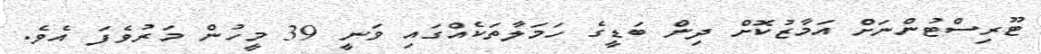
ޓޫރިސްޓުންނަށް އަމާޒުކޮށް ދިން ބަޑީގެ ހަމަލާތަކެއްގައި ވަނީ 39 މީހުން މަރުވެފަ އެވެ.